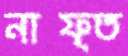
নাফ্ত